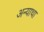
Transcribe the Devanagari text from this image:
अन्याथा